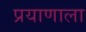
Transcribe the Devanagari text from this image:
प्रयाणाला